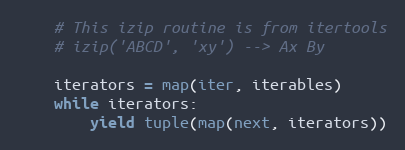
Language: Python
    # This izip routine is from itertools
    # izip('ABCD', 'xy') --> Ax By

    iterators = map(iter, iterables)
    while iterators:
        yield tuple(map(next, iterators))